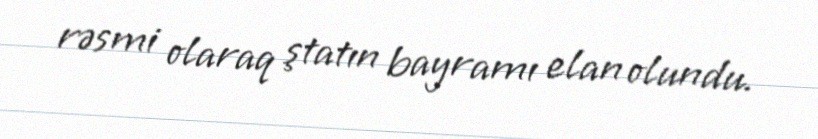
rəsmi olaraq ştatın bayramı elan olundu.